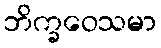
ဘိက္ခဝေသမာ